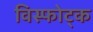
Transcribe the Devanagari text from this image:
विस्फोट्क